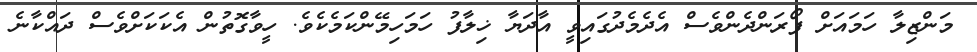
މަންޒިލާ ހަމައަށް ފޯރަންދެންވެސް އެދެމެދުގައިވީ އާދަޔާ ޚިލާފު ހަމަހިމޭންކަމެކެވެ. ހީވާގޮތުން އެކަކަށްވެސް ދައްްކާނެ